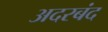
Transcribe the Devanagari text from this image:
अदरबंद